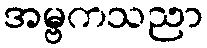
အမ္ဗကသညာ